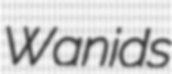
Wanids